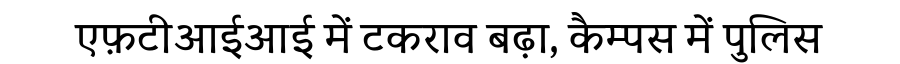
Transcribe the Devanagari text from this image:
एफ़टीआईआई में टकराव बढ़ा, कैम्पस में पुलिस